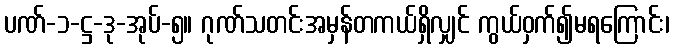
ပဏ်-၁-ဋ္ဌ-ဒု-အုပ်-၅။ ဂုဏ်သတင်းအမှန်တကယ်ရှိလျှင် ကွယ်ဝှက်၍မရကြောင်း၊